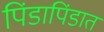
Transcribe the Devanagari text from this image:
पिंडापिंडात